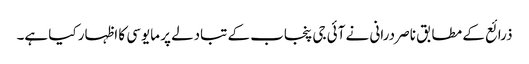
ذرائع کے مطابق ناصر درانی نے آئی جی پنجاب کے تبادلے پر مایوسی کا اظہار کیا ہے۔